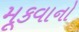
મૂકવાનો